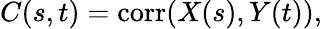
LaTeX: C(s,t)=\operatorname{corr}(X(s),Y(t)),